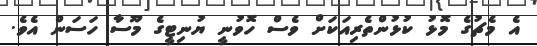
އެ މެޗުގެ މޮޅު ކުޅުންތެރިއަކަށް ވެސް ހޮވުނީ ޔުނިޓީގެ މޫސާ ހަސަން އެވެ.